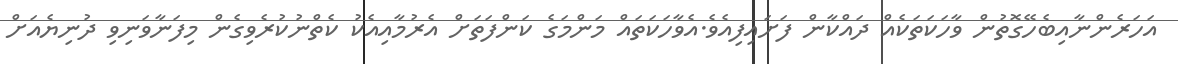
އަހަރެންނާއިބެހޭގޮތުން ވާހަކަތަކެއް ދައްކާން ފަށައިފިއެވެ.އެވާހަކަތައް މަންމަގެ ކަންފަތަށް އެރުމާއިއެކު ކެތްނުކުރެވިގެން މިފަނާވަނިވި ދުނިޔެއަށް